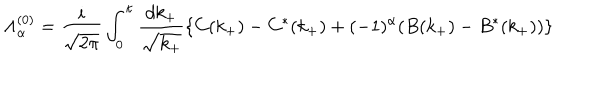
{ \Lambda } _ { \alpha } ^ { ( 0 ) } = \frac { i } { \sqrt { 2 { \pi } } } \int _ { 0 } ^ { \kappa } \frac { d k _ { + } } { \sqrt { k _ { + } } } \{ C ( k _ { + } ) - C ^ { \ast } ( k _ { + } ) + ( - 1 ) ^ { \alpha } ( B ( k _ { + } ) - B ^ { \ast } ( k _ { + } ) ) \}